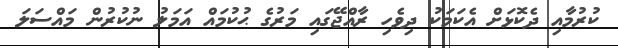
ކުރުމާއި ދެކޮޅަށް އެކަމަކު ދިވެހި ރާއްޖޭގައި މަރުގެ ޙުކުމައް އަމަލު ނުކުރުން މައްސަލަ